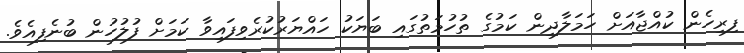
ފިރިހެން ކުއްޖާއަށް ހަމަލާދިން ކަމުގެ ތުހުމަތުގައި ބަޔަކު ހައްޔަރުކުރެވިފައިވާ ކަމަށް ފުލުހުން ބުނެފިއެވެ.